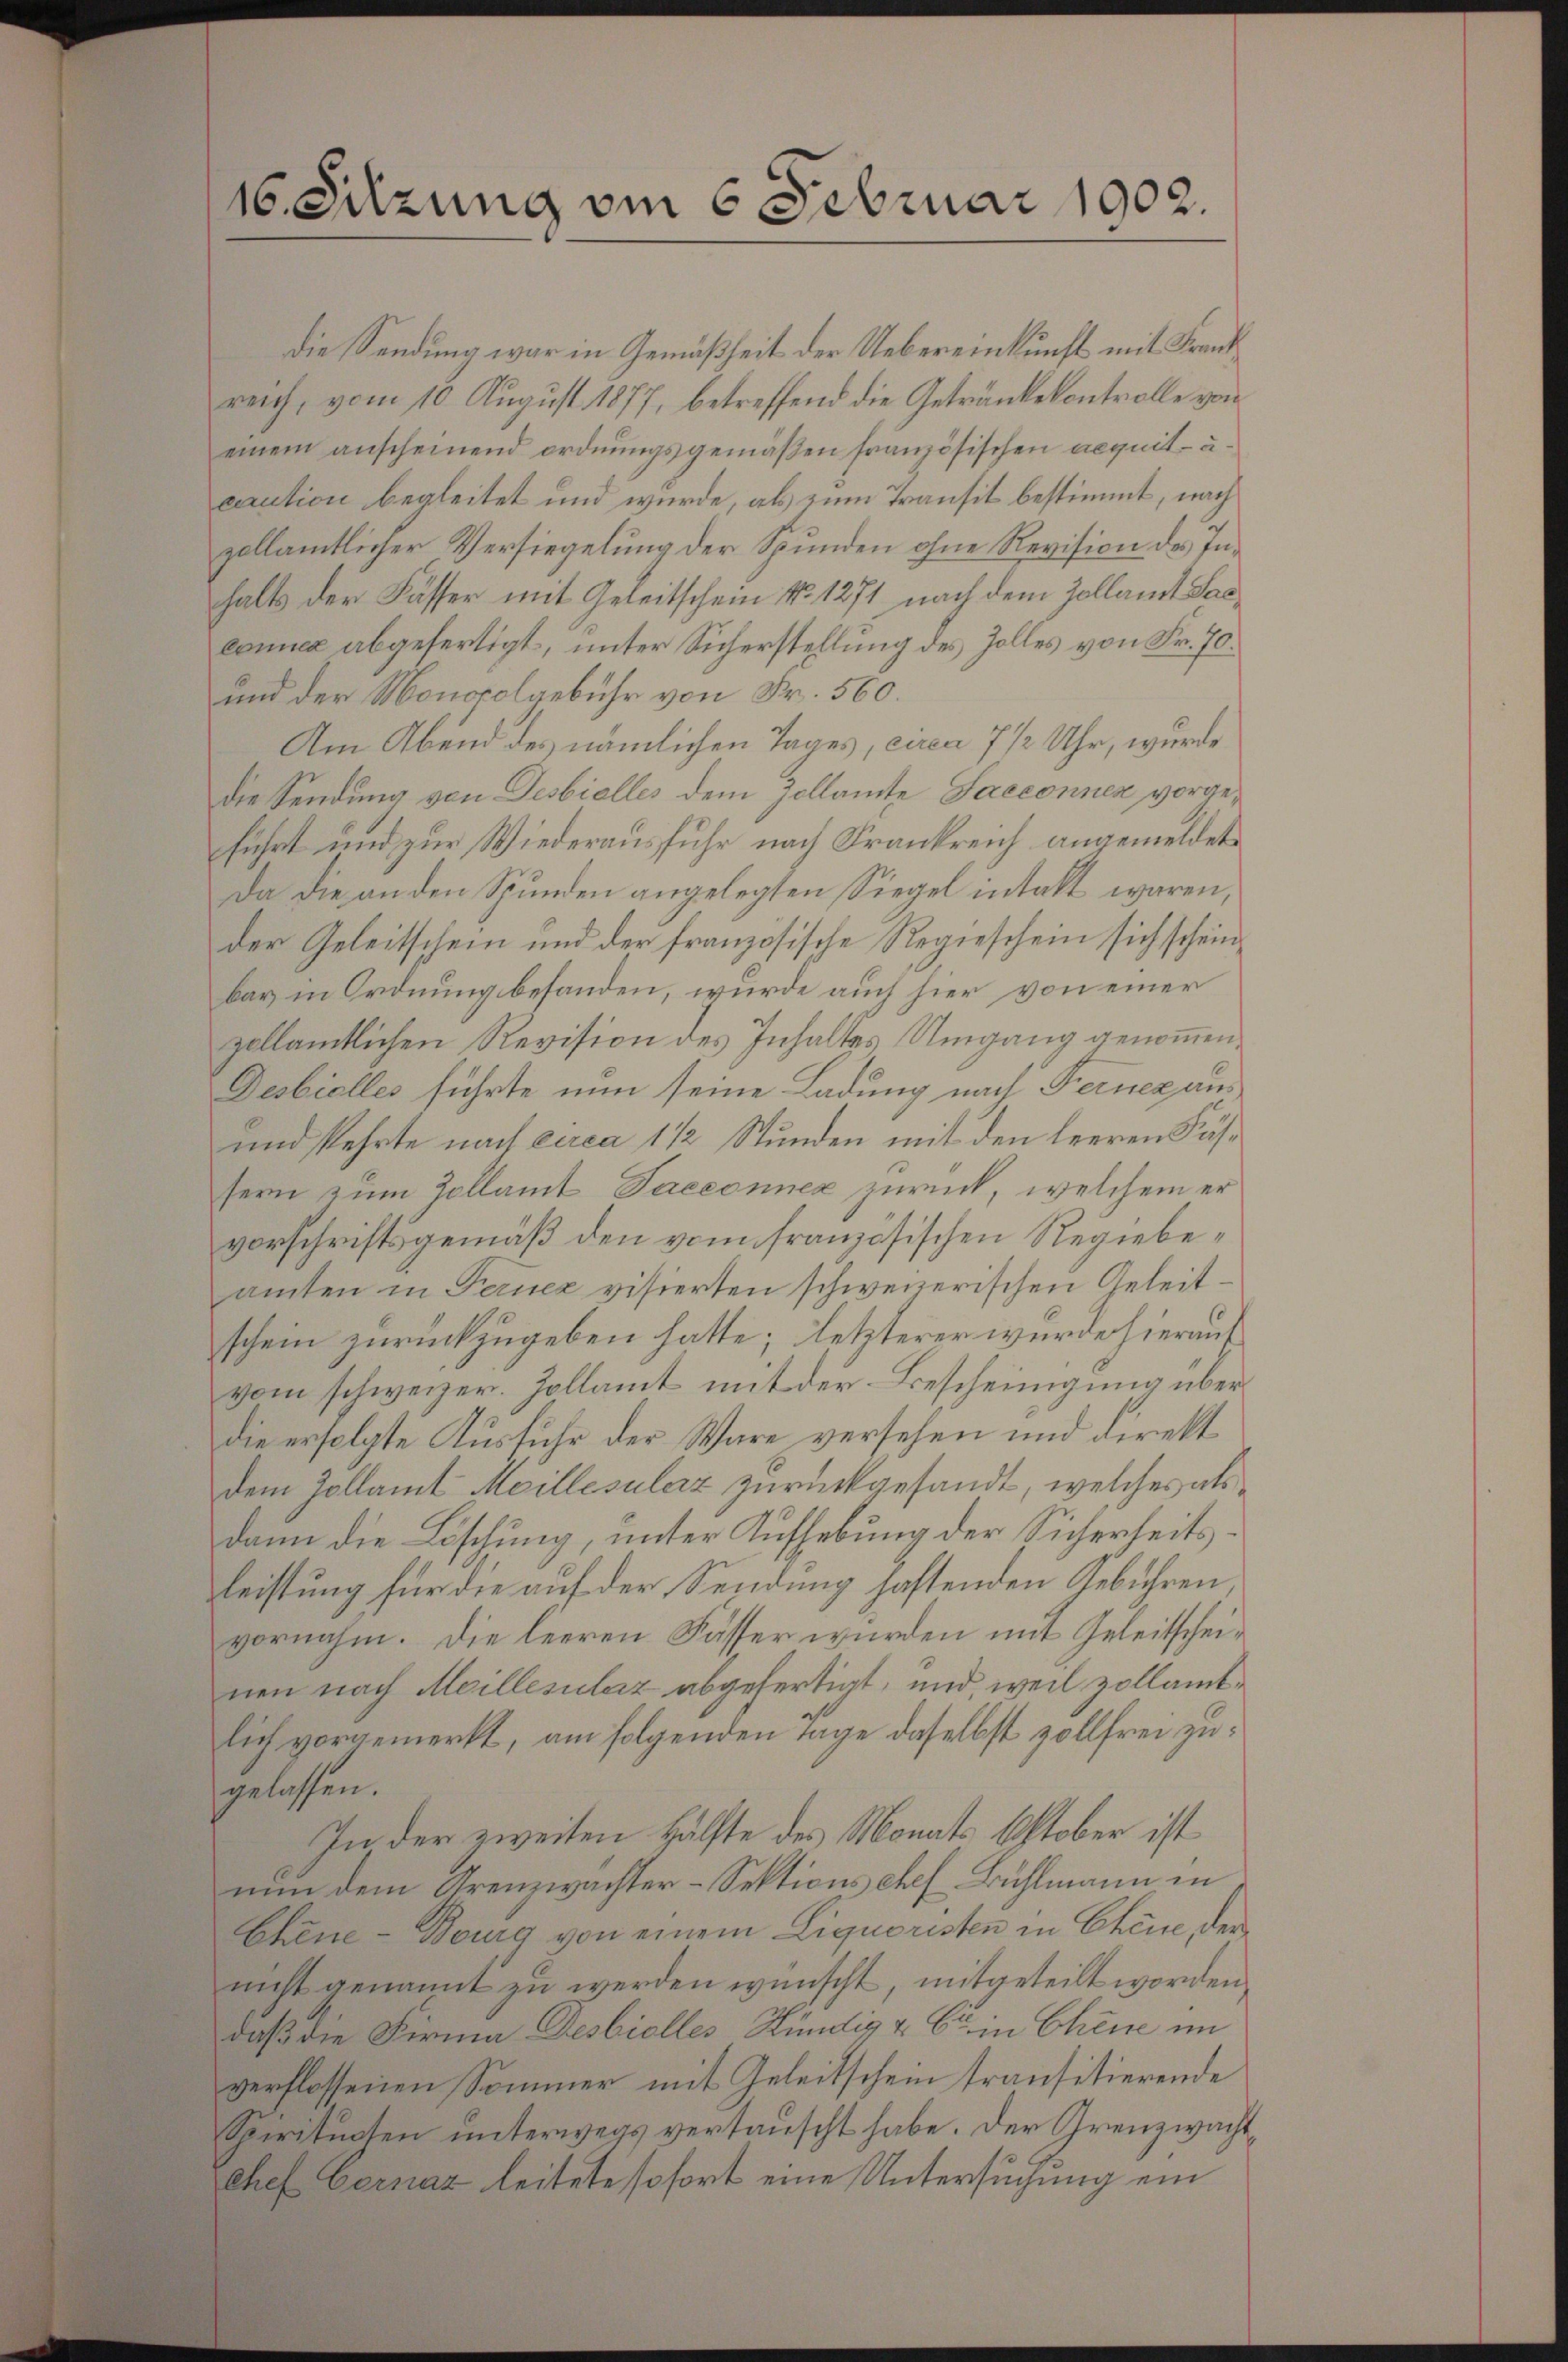
16. Sitzung am 6 Februar 1902.

die Sendung war in Gemäßheit der Uebereinkunft mit Frank
reich, vom 10. Aŭgŭst 1877, betreffend die Getränke kontrolle von
einem anscheinend ordnungsgemäßen französischen acquit- u.
caution begleitet und wurde, als zum Transit bestimmt, nach
zollämtlicher Versiegelung der Spunden ohne Revision des Inhhalts der Fässer mit Geleitschein No 1271 nach dem Zollamt Sac
conce abgefertigt, unter Sicherstellung des Zolles von Fr. 70.
und der Monorolgebühr von Fr. 560.
Am Abend des nämlichen Tages, circa 7 1/2 Uhr, wurde
die Sendung von Desbielles dem Zollamte Sacconnen vorgeführt und zur Wiederausfuhr nach Frankreich angemeldet,
Da die an den Spunden angelegten Siegel intalt waren,
der Geleitschein und der französische Regieschein sich scheinbar in Ordnung behanden, wurde auch hier von einer
zollamtlichen Revision des Inhaltes Umgang genommen,
Destielles führte nun seine Ladung nach Ferner aus
und kehrte nach circa 1 1/2 Stunden mit den leeren Fässern zum Zollamt Paeconnex zurück, welchem er
vorschriftsgemäß den vom französischen Regiebeamten in Fernez visierten schweizerischen Geleitschein zurückzugeben hatte; letzterer wurde hierauf
vom schweizer. Zollamt mit der Bescheinigung über¬
Die erfolgte Ausfuhr der Wäre versehen und direkt
dem Zollamt Meillesülerz zurückgesandt, welches als
dann die Löschung, unter Aufhebung der Sicherheitsleistung für die auf der Sendung haftenden Gebühren,
vornahm. Die leeren Fässer wurden mit Geleitscheinen nach Meillesilaz abgefertigt, und, weil zollamtlich vorgemerkt, am folgenden Tage daselbst vollfrei zugelassen.
In der zweiten Hälfte des Monats Oktober ist
nun dem Krenzwachter-Sektions ehes. Bühlmann in
Chene - Bourg von einem Liquoristen in Chine, der
nicht genannt zu werden wünscht, mitgeteilt worden,
daß die Firma Desbielles Kündig & Cie in Chene im
verflossenen Sommer mit Geleitschein transitierende
Spiritucten unterwegs vertauscht habe. Der Grenzwacht,
Chef bernar leitete sofort eine Untersuchung ein